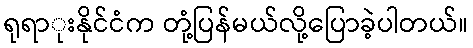
ရုရာုးနိုင်ငံက တုံ့ပြန်မယ်လို့ပြောခဲ့ပါတယ်။